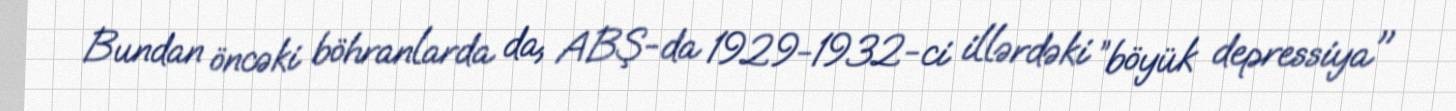
Bundan öncəki böhranlarda da, ABŞ-da 1929-1932-ci illərdəki ”böyük depressiya"